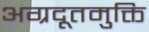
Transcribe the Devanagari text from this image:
अग्रदूतमुक्ति